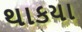
થાકયા